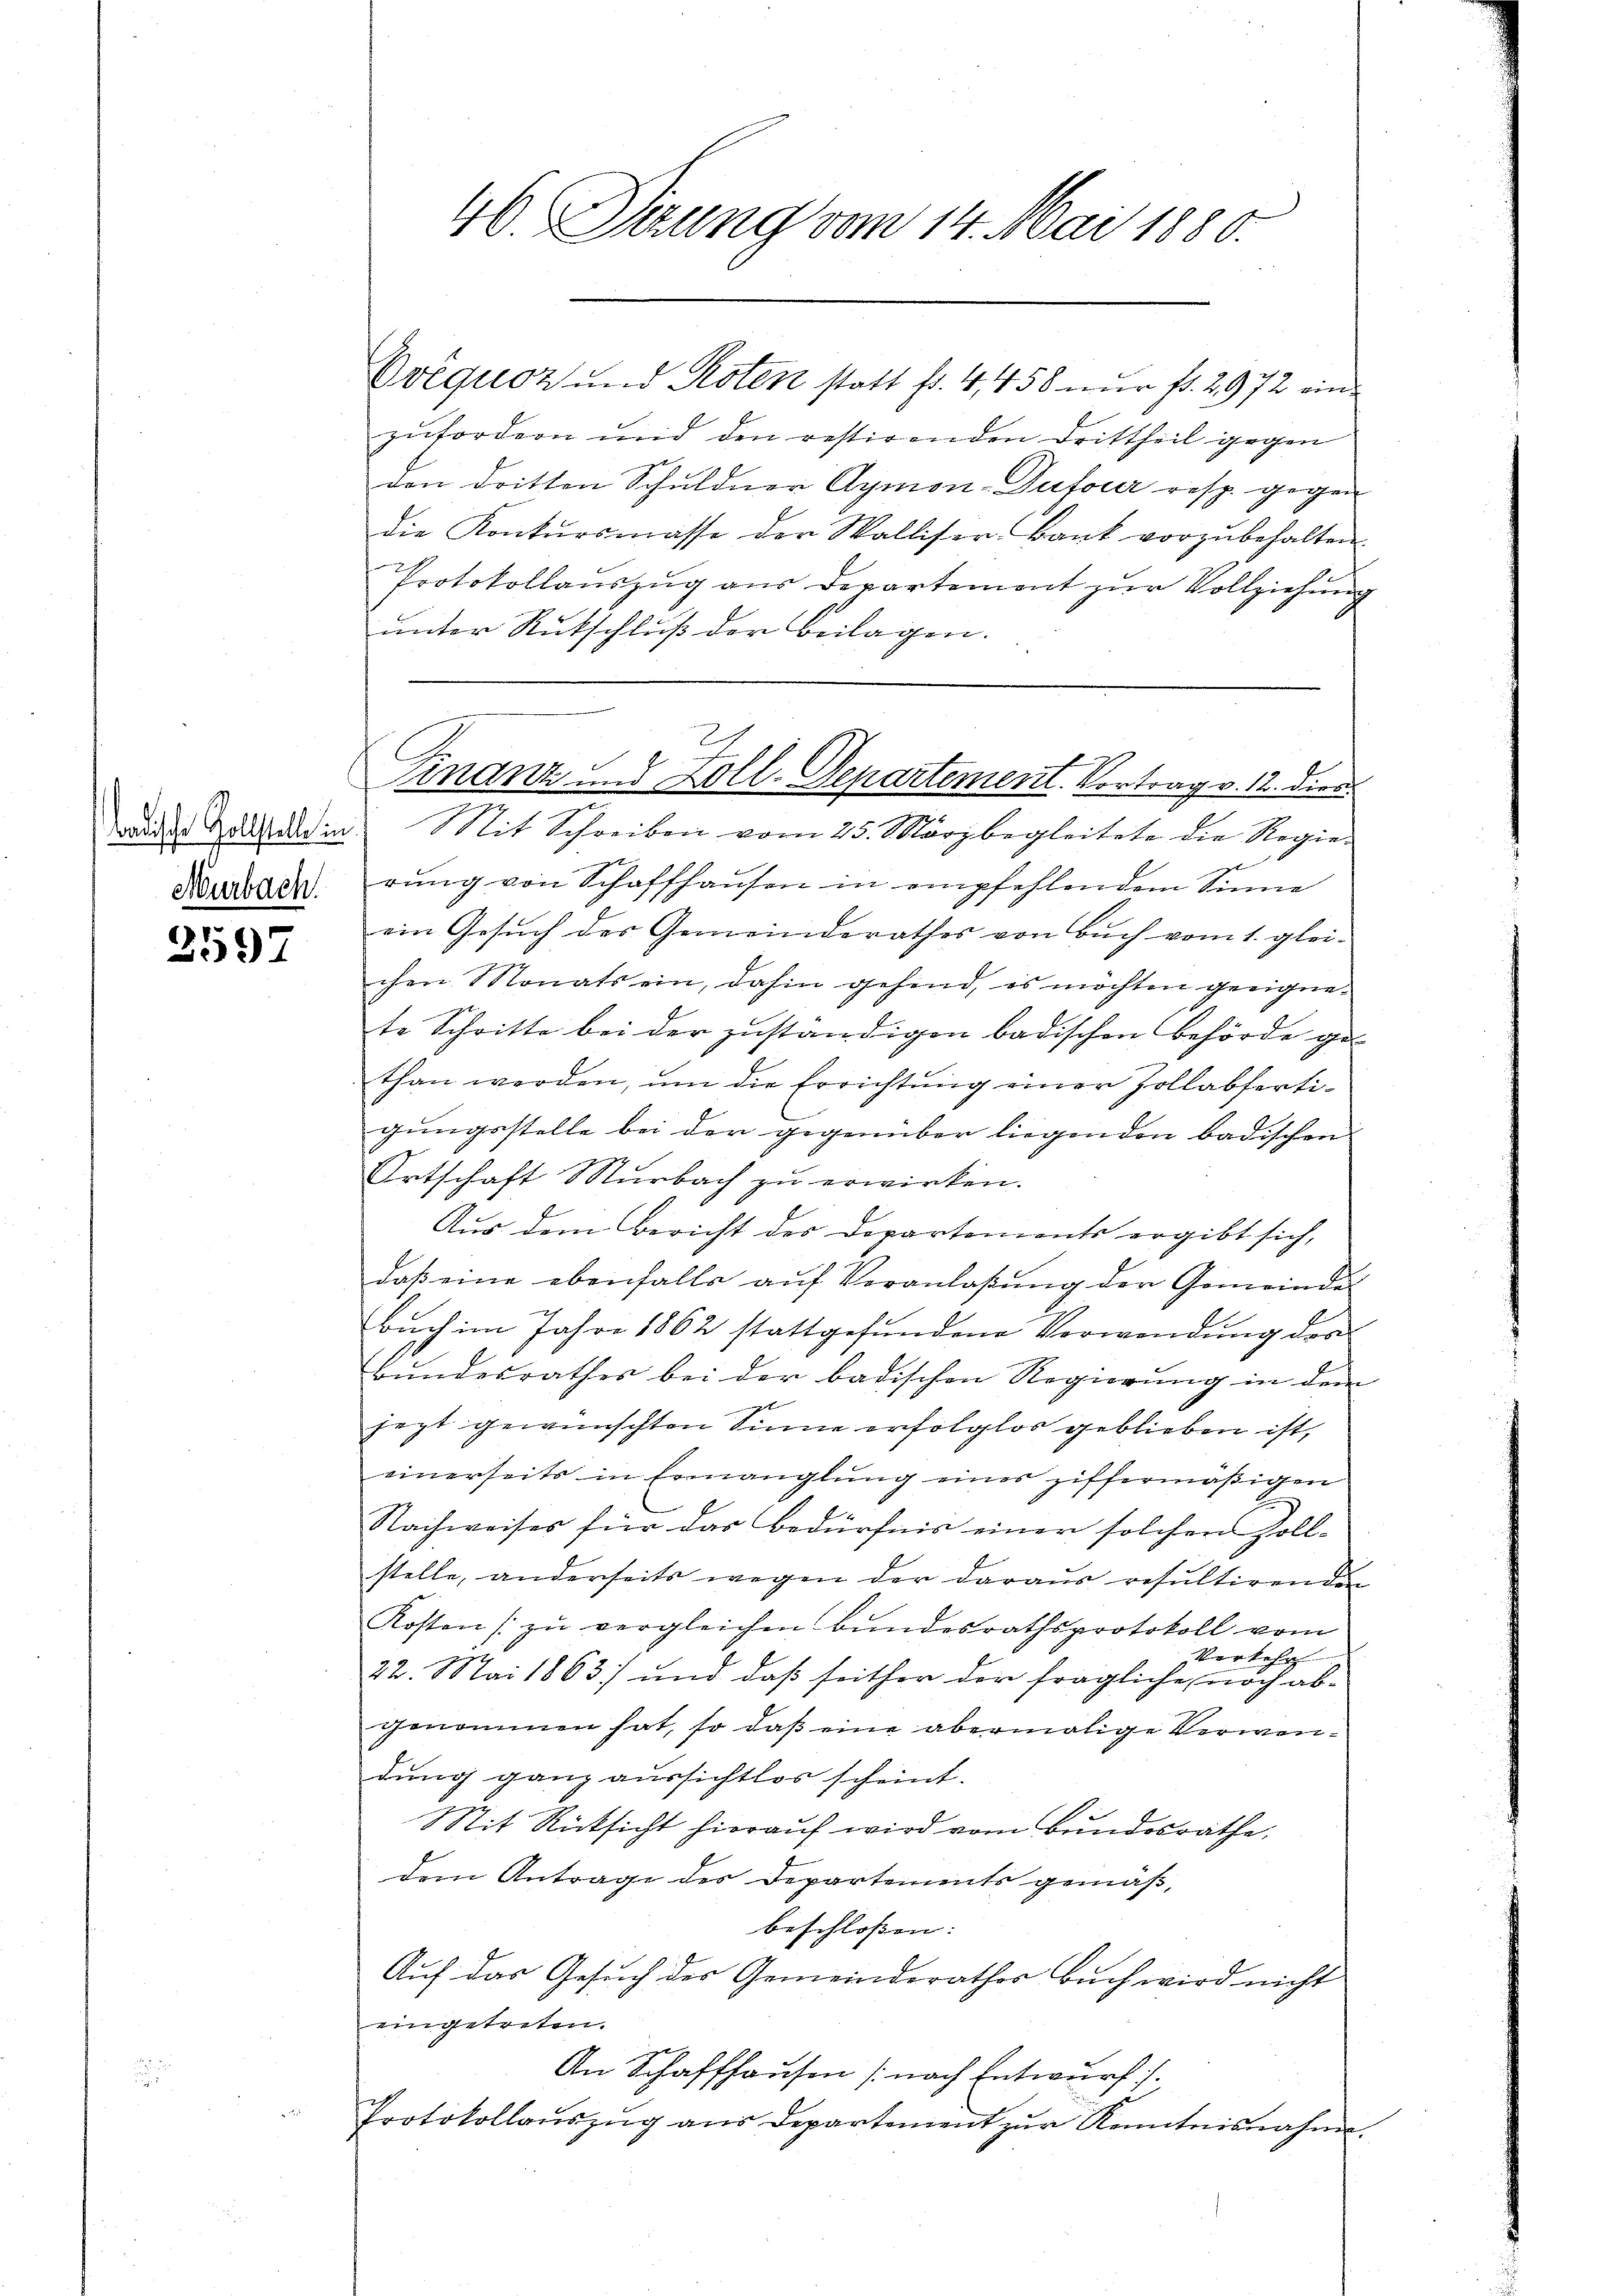
odische Gollstelle in
Murbach.

)
97

46. Derung vom 14. Mai 1880.

Gvéqusz und Roten statt fr. 4, 458 nur fl. 2972 ein¬

unter Rutschluß der Beilagen.

Finanz und Zoll-Departement. Vortrag v. 12. die
e

zufordern und den restirenden Drittheil gegen
den dritten Schuldner Aymon-Dufour resp. gegen
die Konkŭrsmasse der Walliser-Bank vorzŭbehalten.
Protokollauszug aus derartement zur Vollziehung
it Schreiben vom 25. März begleitete die Regierung von Schaffhausen in empfehlendem Sinne
ein Gesuch des Gemeinderathes von Buch vom 1. glei-
chen Monats ein, dahin gehend, es möchten geeignete Schritte bei der zuständigen badischen Behörde gethan werden, um die Errichtung einer Zollabfertigungsstelle bei der gegenüber liegenden badischen
Ortschaft Murbach zu erwirken.
Aus dem Bericht des Departements ergibt sich,
daβ eine ebenfalls aŭf Veranlaβŭng der Gemeinde
Buch im Jahre 1862 stattgefundene Verwendung der
Bundesrathes bei der badischen Regierung in dem
jezt gewünschten Sinne erfolglos geblieben ist,
einerseits in Ermanglung eines ziffermäßigen
Nachweises für das bedürfnis einer solchen Zoll-
stelle, anderseits wegen der daraus resultirenden
Kosten zu vergleichen Bundesrathsprotokoll vom
Verkehr
u
22. Mai 1863 und daß seither der fragliche, noch abgenommen hat, so daß eine abermalige Verwendung ganz aussichtlos scheint.
it Rücksicht hierauf wird vom Bundesräthe,
dem Antrage des Departements gemäß,
beschlossen:
Auf das Gesuch der Gemeinderathes Buch wird nicht
eingetreten.
An Schaffhausen (nach Entwurf /.
Protokollaŭszŭg aŭs Departement zŭr Kenntnisnahme.